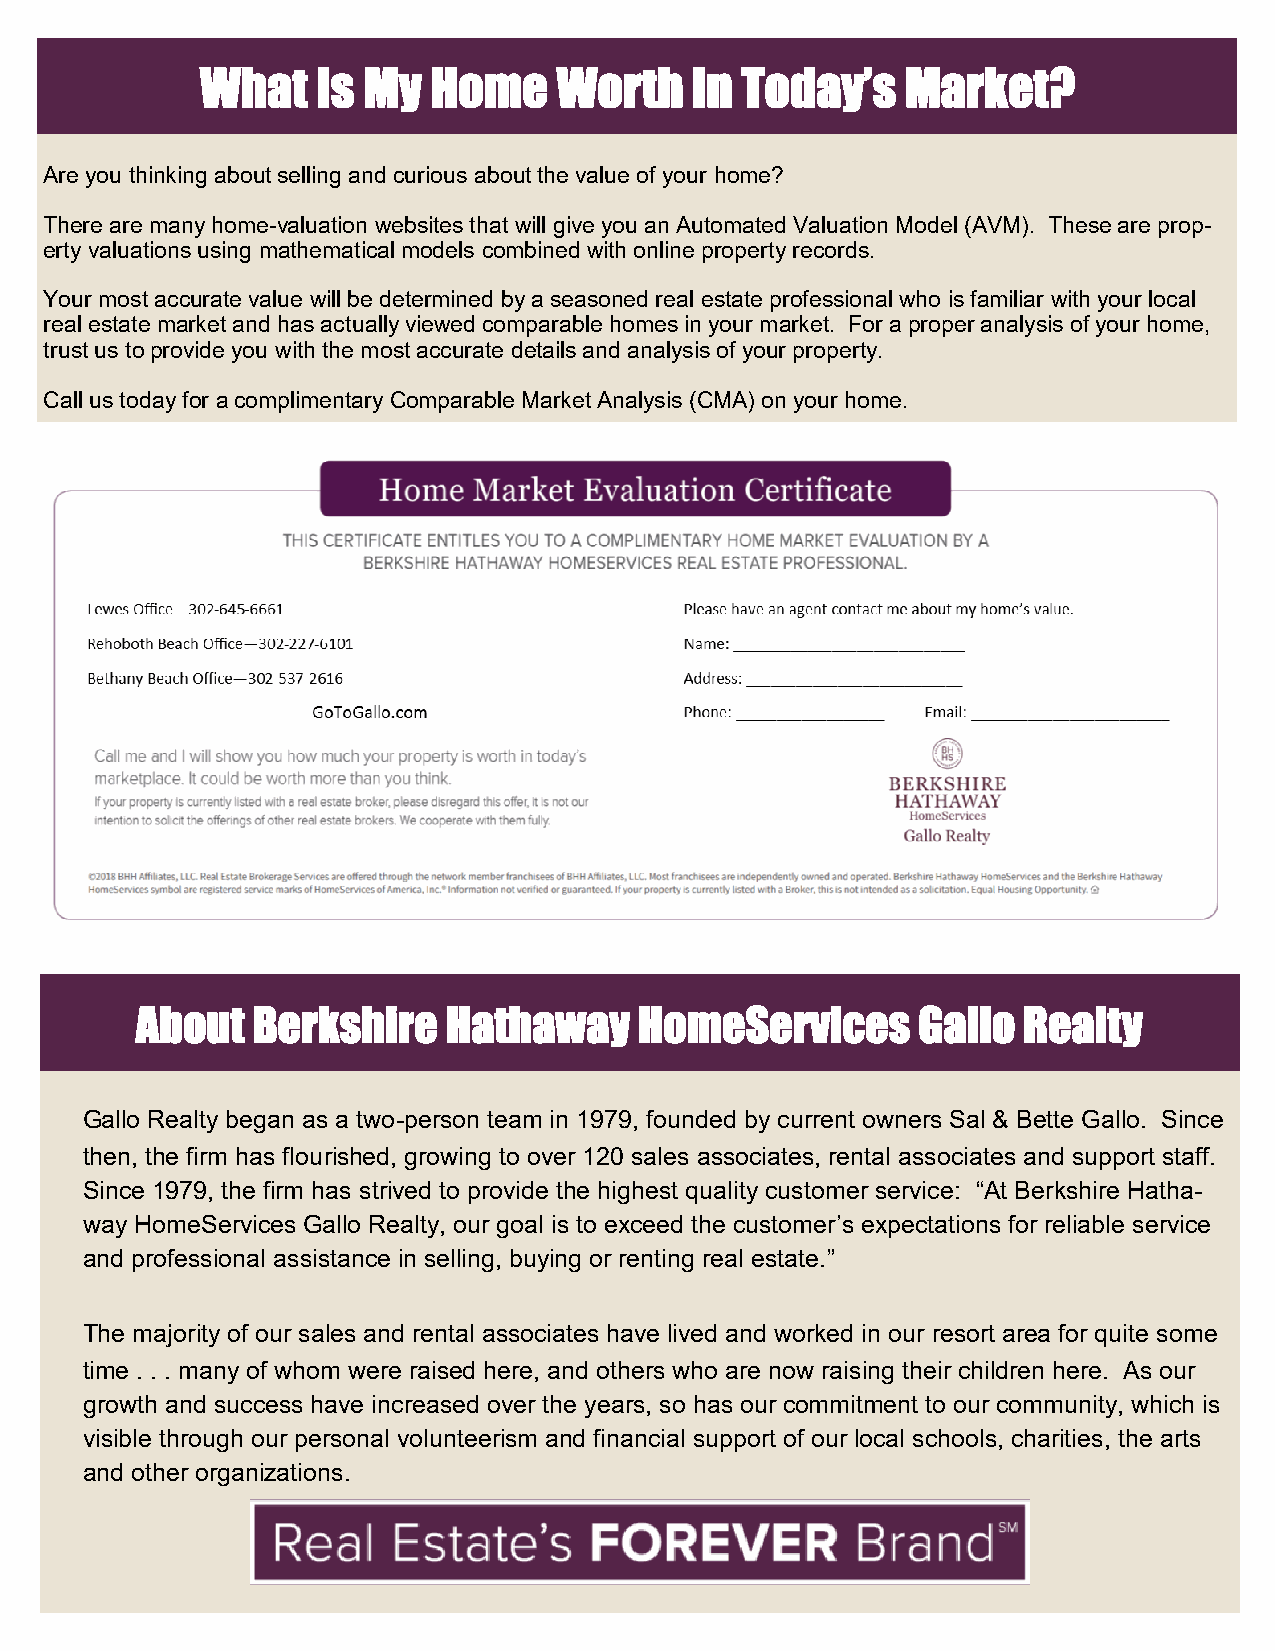
What    Is My  Home     Worth    In Today’s    Market?
 Are you thinking about selling and curious about the value of your home?
 There are many home-valuation websites that will give you an Automated Valuation Model (AVM). These are prop-
 erty valuations using mathematical models combined with online property records.
 Your most accurate value will be determined by a seasoned real estate professional who is familiar with your local
 real estate market and has actually viewed comparable homes in your market. For a proper analysis of your home,
 trust us to provide you with the most accurate details and analysis of your property.
 Call us today for a complimentary Comparable Market Analysis (CMA) on your home.
 About   Berkshire    Hathaway    HomeServices       Gallo  Realty
 •
 Gallo Realty began as a two-person team in 1979, founded by current owners Sal & Bette Gallo. Since
 then, the firm has flourished, growing to over 120 sales associates, rental associates and support staff.
 Since 1979, the firm has strived to provide the highest quality customer service: “At Berkshire Hatha-
 way HomeServices Gallo Realty, our goal is to exceed the customer’s expectations for reliable service
 and professional assistance in selling, buying or renting real estate.”
 •
 The majority of our sales and rental associates have lived and worked in our resort area for quite some
 time . . . many of whom were raised here, and others who are now raising their children here. As our
 growth and success have increased over the years, so has our commitment to our community, which is
 visible through our personal volunteerism and financial support of our local schools, charities, the arts
 and other organizations.
 •